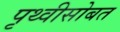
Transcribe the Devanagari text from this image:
पृथ्वीसोबत